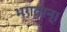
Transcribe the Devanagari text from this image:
भगवान्‌।